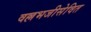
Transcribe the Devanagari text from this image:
वल्लभजीसेवित